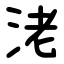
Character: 㳣